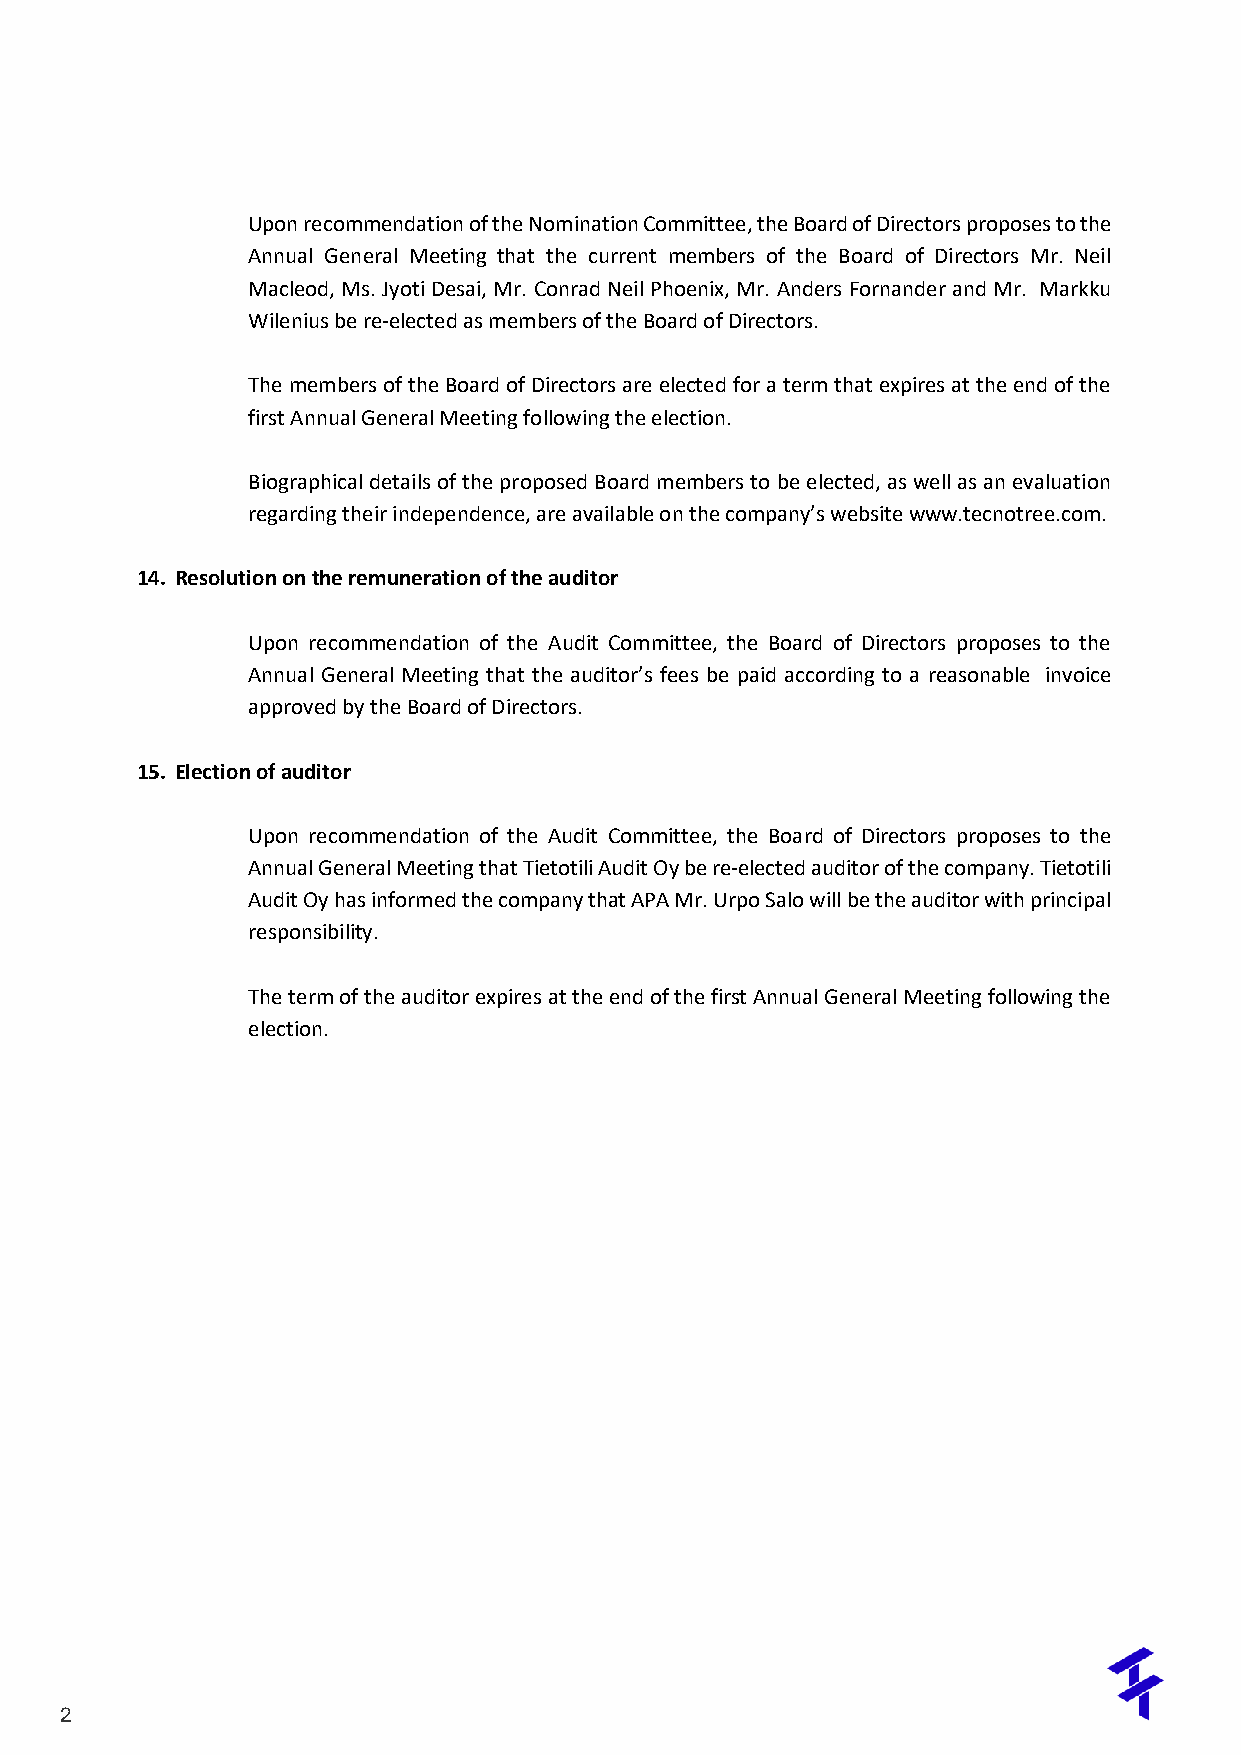
Upon recommendation of the Nomination Committee, the Board of Directors proposes to the
 Annual General Meeting that the current members of the Board of Directors Mr. Neil
 Macleod, Ms. Jyoti Desai, Mr. Conrad Neil Phoenix, Mr. Anders Fornander and Mr. Markku
 Wilenius be re-elected as members of the Board of Directors.
 The members of the Board of Directors are elected for a term that expires at the end of the
 first Annual General Meeting following the election.
 Biographical details of the proposed Board members to be elected, as well as an evaluation
 regarding their independence, are available on the company’s website www.tecnotree.com.
 14. Resolution on the remuneration of the auditor
 Upon recommendation of the Audit Committee, the Board of Directors proposes to the
 Annual General Meeting that the auditor’s fees be paid according to a reasonable invoice
 approved by the Board of Directors.
 15. Election of auditor
 Upon recommendation of the Audit Committee, the Board of Directors proposes to the
 Annual General Meeting that Tietotili Audit Oy be re-elected auditor of the company. Tietotili
 Audit Oy has informed the company that APA Mr. Urpo Salo will be the auditor with principal
 responsibility.
 The term of the auditor expires at the end of the first Annual General Meeting following the
 election.
 Tecn2o tree Corporation
 P.O. Box 501 (Miestentie 9 C) FIN-02101 Espoo